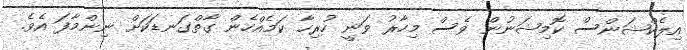
އިލެކްޝަންސް ކޮމިޝަނުން ވެސް މިހާރު ވަނީ ހުރިހާ ކަމެއްހެން ގާތްގަނޑަކަށް ނިންމާފަ އެވެ.